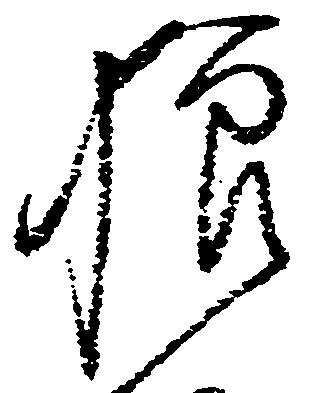
狼